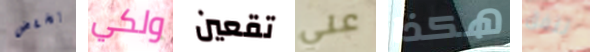
يخفض ولكي تقعين علي هكذا ننفق